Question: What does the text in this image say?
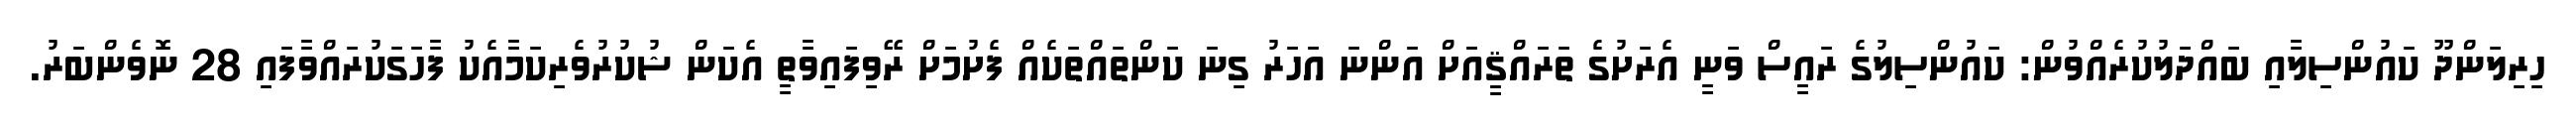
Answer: ހިރިލަންދޫ ކައުންސިލާއި ބައްދަލުކުރެއްވުން: ކައުންސިލުގެ ރައީސް ވަނީ އެރަށުގެ ތަރައްޤީއަށް އަންނަ އަހަރު ގިނަ ކަންތައްތަކެއް ފެށުމަށް ރޭވިފައިވާތީ އެކަން ޝުކުރުވެރިކަމާއެކު ފާހަގަކުރައްވާފައި 28 ނޮވެންބަރު.